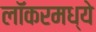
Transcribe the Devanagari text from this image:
लॉकरमध्ये